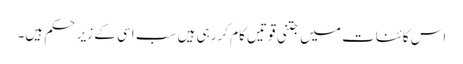
اس کائنات میں جتنی قوتیں کام کررہی ہیں سب اسی کے زیرِ حکم ہیں۔